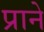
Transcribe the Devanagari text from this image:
प्राने